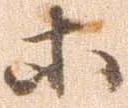
等